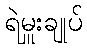
ရဲမှူးချုပ်